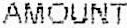
AMOUNT